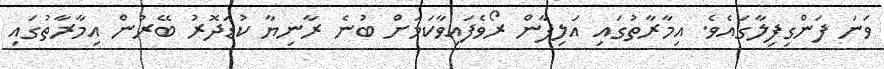
ވަނަ ފަންގިފިލާގައެވެ. އިމާރާތުގައި އަލިފާން ރޯވެފައިވާކަމަށް ބުނެ ރާނިޔާ ކުޑަދޮރު ބޭރުން އިމާރާތުގައި